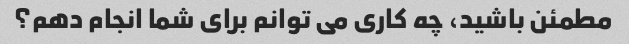
مطمئن باشید، چه کاری می توانم برای شما انجام دهم؟